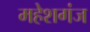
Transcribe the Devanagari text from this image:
महेशगंज